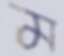
ম